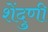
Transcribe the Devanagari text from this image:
शेंदुणी